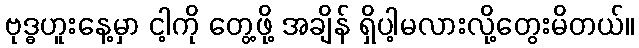
ဗုဒ္ဓဟူးနေ့မှာ ငါ့ကို တွေ့ဖို့ အချိန် ရှိပါ့မလားလို့တွေးမိတယ်။